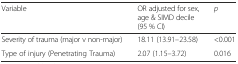
<table><thead><tr><td><b>Variable</b></td><td><b>OR adjusted for sex, age &amp; SIMD decile (95 % CI)</b></td><td><b><i>p</i></b></td></tr></thead><tbody><tr><td>Severity of trauma (major v non-major)</td><td>18.11 (13.91–23.58)</td><td>&lt;0.001</td></tr><tr><td>Type of injury (Penetrating Trauma)</td><td>2.07 (1.15–3.72)</td><td>0.016</td></tr></tbody></table>